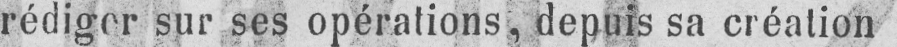
rédiger sur ses opérations, depuis sa création